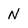
Character: N